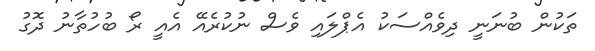
ތަކުން ބުނަނީ ދިވެއްސަކު އެޕްލައި ވެސް ނުކުރެއޭ އެއީ ރޯ ބުހުތާނު ދޮގު